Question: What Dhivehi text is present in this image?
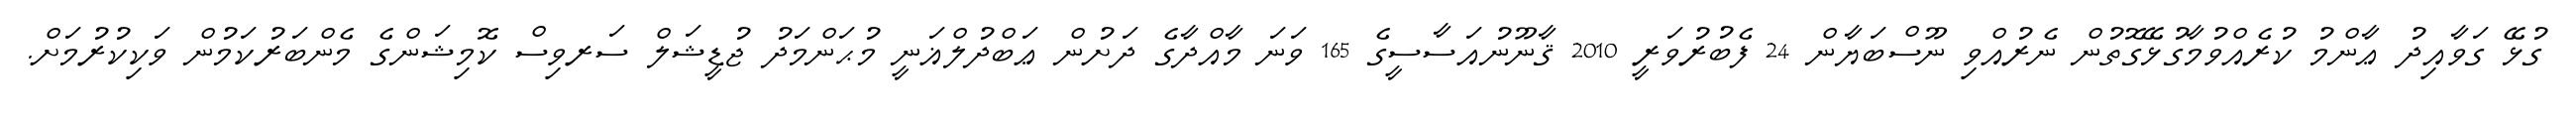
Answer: ގުޅޭ ގަވާއިދު ޢާންމު ކުރެއްވުމާގުޅޭގޮތުން ނެރުއްވި ނޫސްބަޔާން 24 ފެބުރުވަރީ 2010 ޤާނޫނުއަސާސީގެ 165 ވަނަ މާއްދާގެ ދަށުން ޢަބްދުލްޣަނީ މުޙަންމަދު ޖުޑީޝަލް ސަރވިސް ކޮމިޝަންގެ މެންބަރުކަމުން ވަކިކުރުމަށް.